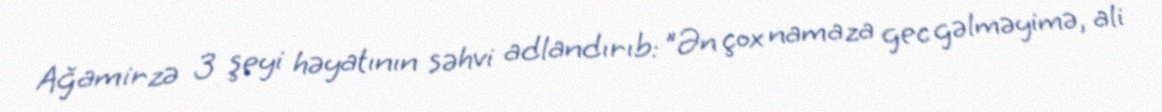
Ağamirzə 3 şeyi həyatının səhvi adlandırıb: "Ən çox namaza gec gəlməyimə, ali